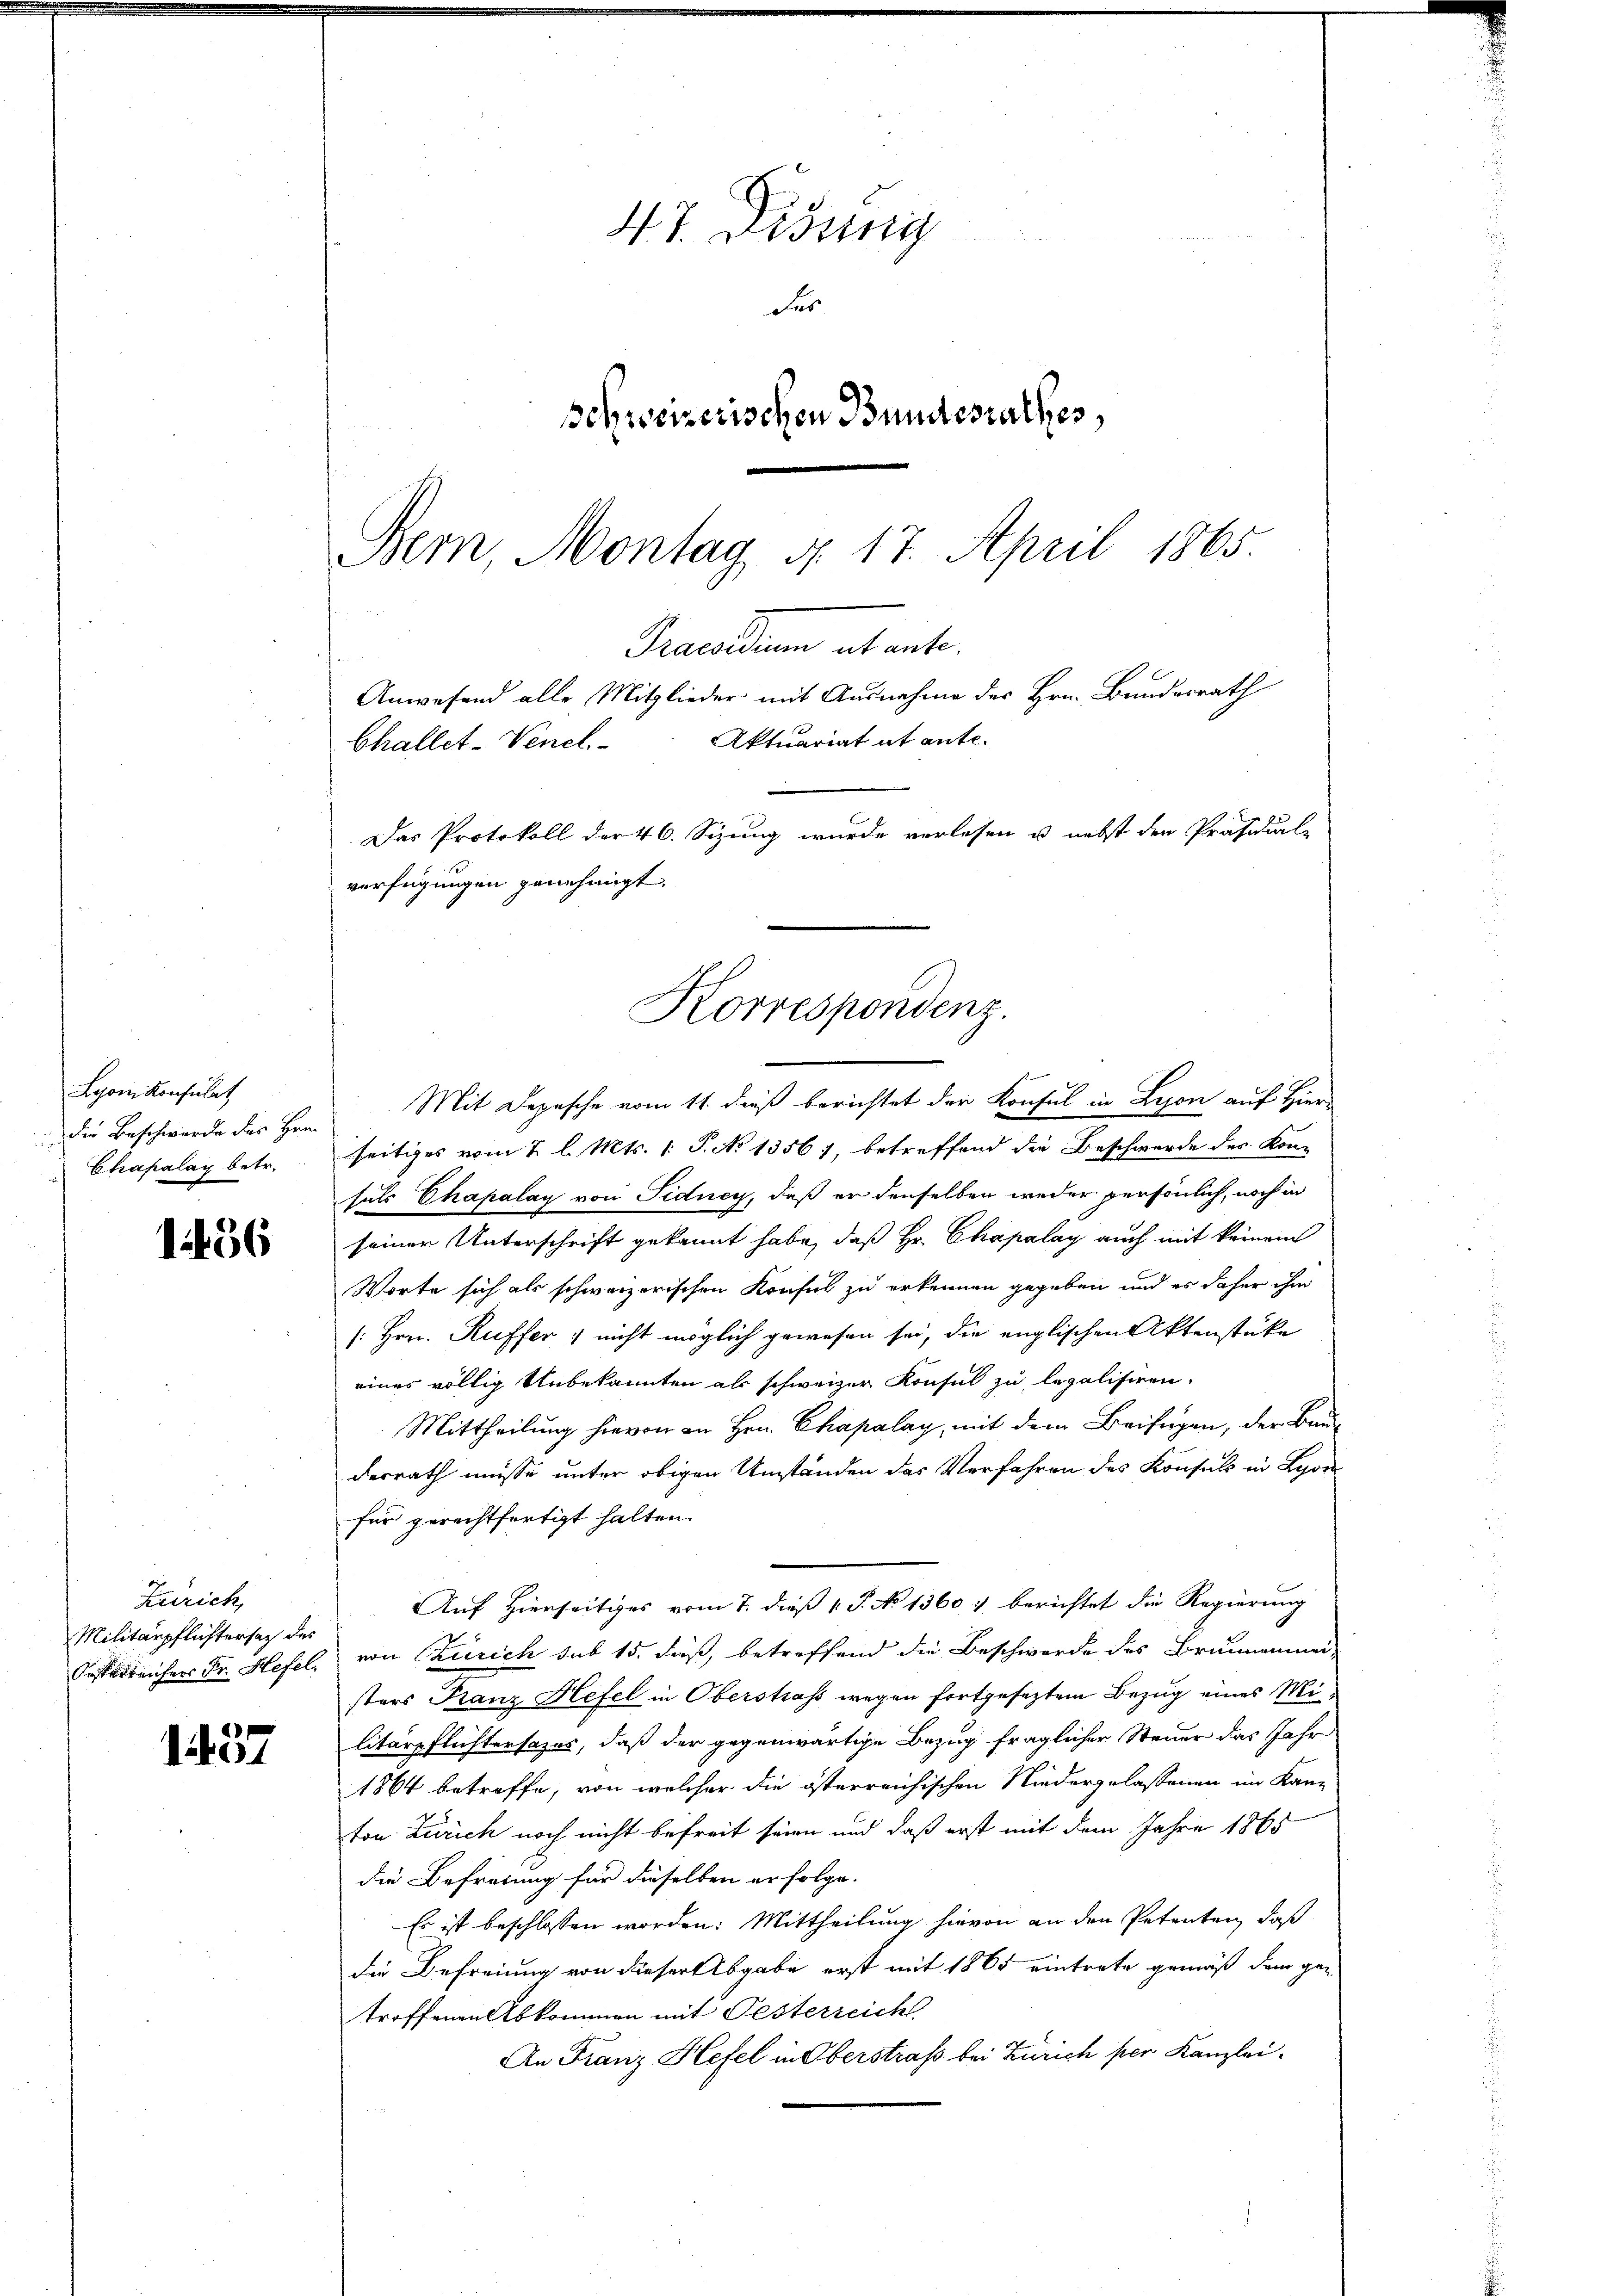
Lyon Konsulat
Chapalag betr.

1456

Die Beschwerde des Hrn. Mit Depesche vom 11. dieß berichtet der Konsul in Beson auf Hier
seitiges vom 2. l. Mts. 1. P. No 1356), betreffend die Beschwerde der Konsals Chapalay von Sidney, daß er denselben weder persönlich, noch in
seiner Unterschrift gekannt habe, daß Hr. Chapalay auch mit keinem
Worte sich als schweizerischen Konsul zu erkennen gegeben und es daher ihm
[Hrn. Ruffer nicht möglich gewesen sei, die englischen Aktenstüke
eines völlig Unbekannten als schweizer Konsul zu legalisiren.
Mittheilung hievon an Hrn. Chapalay, mit dem Beifügen, der Bauderrath müsse unter obigen Umständen das Verfahren des Konfels in Lyon
für gerechtfertigt halten.
Auf Hierseitiges vom 7. dieß v. P. No 1360. berichtet die Regierung
Oesterreichers Fr. Hefel. von Zürich sub 15. Fuß, betreffend die Beschwerde des Brunnenmei-
sters Franz Hefel in Oberstrafs wegen fortgesetztem Bezug eines Militärpflichtersazes, daß der gegenwärtige Bezug fraglicher Steuer das Jahr
1864 betreffe, von welcher die österreichischen Niedergelassenen im Kanz
ton Zürich noch nicht befreit seien und daß erst mit dem Jahre 1865
die Befreiung für dieselben erfolge.
Es ist beschlossen worden: Mittheilung hievon an den Petenten, daß
die Befreiung von dieser Abgabe erst mit 1865 eintrete gemäß dem getroffenen Abkommen mit Festerreicht
An Franz Hefel in Oberstraß bei Zürich per Kanzlei-

Zürich,
Militärpflichtersach des

1437

47. Disung
Fes
schweizerischen Bundesrathes,

Bern, Montag d. 17. April 1865.
Praesidum int ante.
Anwesend alle Mitglieder mit Ausnahme des Hrn. Bundesrath
Challet-Venel. Aktuariat ut ante.
Das Protokoll der 46. Sizung wurde vorlesen u. nebst den Präsidial-
verfügungen genehmigt.
Korrespondenz.